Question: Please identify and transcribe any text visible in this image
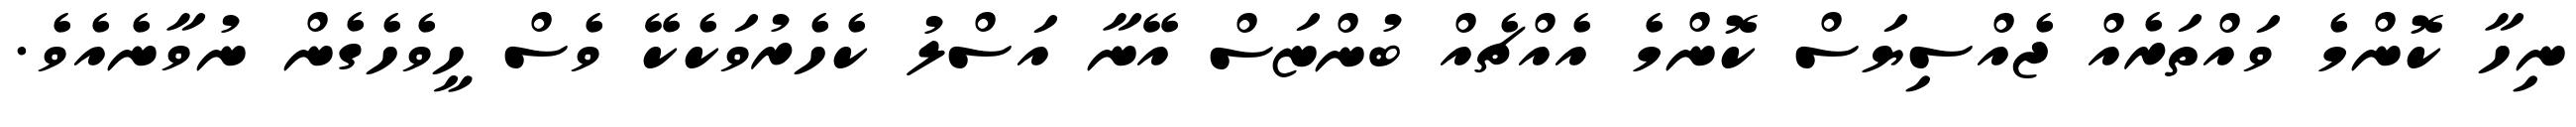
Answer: ނިހާ ކޮންމެ ވައްތަރެއް ޖެއްސިޔަސް ކޮންމެ އެއްޗެއް ބުންޏަސް އޭނާ އަސްލު ކެހެރުވަކެކޭ ވެސް ހީވެހެގެން ނުވާނެއެވެ.